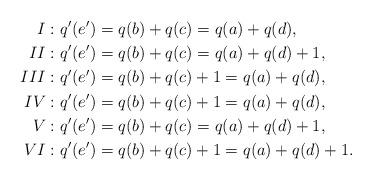
LaTeX: \begin{align*}I:& \ q'(e')=q(b)+q(c)=q(a)+q(d), \\II:& \ q'(e')=q(b)+q(c)=q(a)+q(d)+1, \\III:& \ q'(e')=q(b)+q(c)+1=q(a)+q(d), \\IV:& \ q'(e')=q(b)+q(c)+1=q(a)+q(d), \\V:& \ q'(e')=q(b)+q(c)=q(a)+q(d)+1, \\VI:& \ q'(e')=q(b)+q(c)+1=q(a)+q(d)+1.\end{align*}